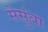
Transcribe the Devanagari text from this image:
सेसुंबा